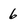
Character: 6